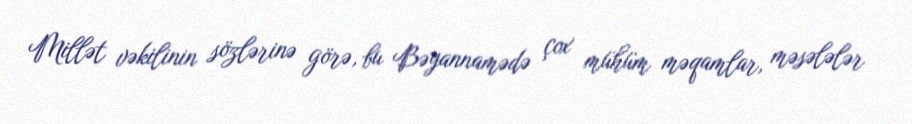
Millət vəkilinin sözlərinə görə, bu Bəyannamədə çox mühüm məqamlar, məsələlər